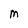
Character: M